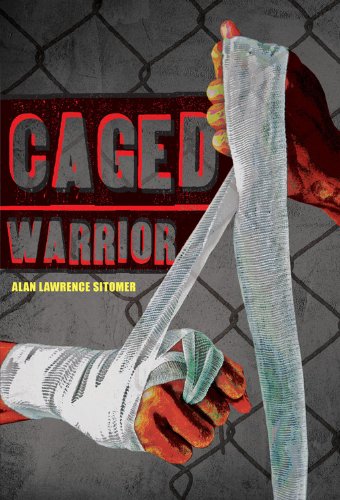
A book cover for Caged Warrior; Alan Lawrence Sitomer; Teen & Young Adult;